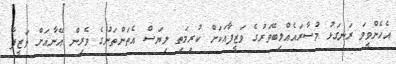
އެހެންވީމަ ރަނގަޅު މުސާރައެއްލިބޭވަރުގެ ވަޒީފާއަކަށް ކުރިމަތި ލިޔަސް އެތަންތަނުގެ ވެރިން އޭނާއަށް ވަޒީފާ